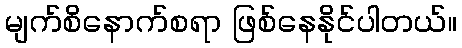
မျက်စိနောက်စရာ ဖြစ်နေနိုင်ပါတယ်။